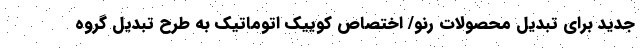
جدید برای تبدیل محصولات رنو/ اختصاص کوییک اتوماتیک به طرح تبدیل گروه